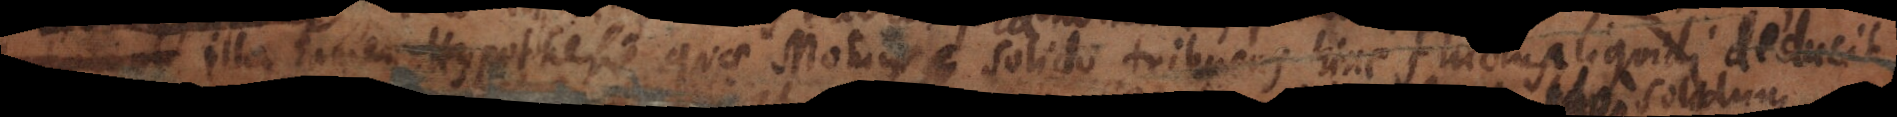
illa tamen Hypothesis quae Motum solido tribuens hinc fluctus liquidi deducit,